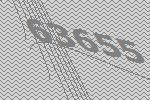
63655